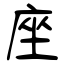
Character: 座